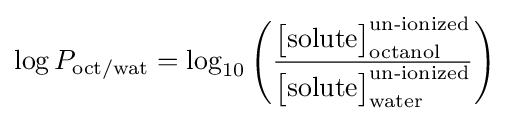
\log P_{\text{oct/wat}}=\log _{10}\left({\frac {{\big [}{\text{solute}}{\big ]}_{\text{octanol}}^{\text{un-ionized}}}{{\big [}{\text{solute}}{\big ]}_{\text{water}}^{\text{un-ionized}}}}\right)